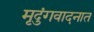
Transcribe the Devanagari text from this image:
मृदुंगवादनात